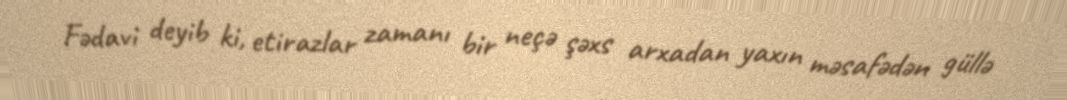
Fədavi deyib ki, etirazlar zamanı bir neçə şəxs arxadan yaxın məsafədən güllə